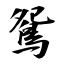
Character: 鴛